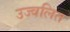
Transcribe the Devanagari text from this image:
उज्वलित